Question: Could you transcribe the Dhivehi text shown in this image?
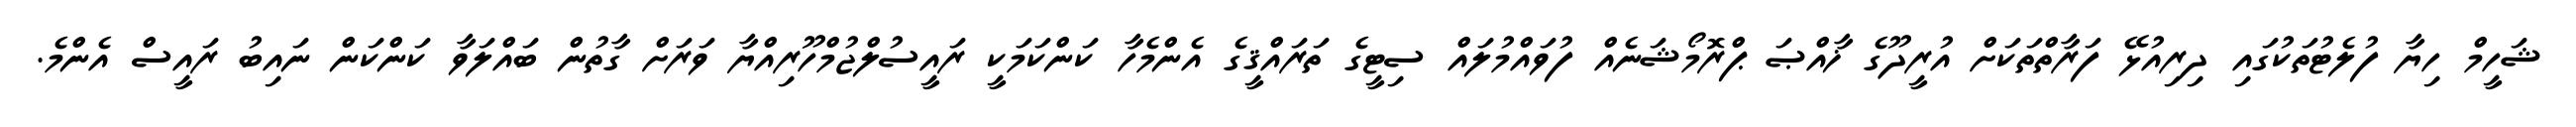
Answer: ޝަހީމް ހިޔާ ފުލެޓުތަކުގައި ދިރިއުޅޭ ފަރާތްތަކަށް އުރީދޫގެ ޚާއްޞަ ޕްރޮމޯޝަނެއް ފުވައްމުލައް ސިޓީގެ ތަރައްޤީގެ އެންމެހާ ކަންކަމަކީ ރައީސުލްޖުމްހޫރިއްޔާ ވަރަށް ގާތުން ބައްލަވާ ކަންކަން ނައިބު ރައީސް އެންމެ.